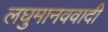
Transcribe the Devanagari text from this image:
लघुमानववादी